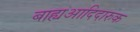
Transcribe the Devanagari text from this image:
बाह्यआदिदारुक